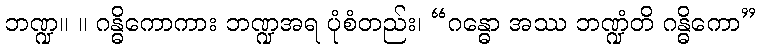
ဘဏ္ဍ။ ။ ဂန္ဓိကောကား ဘဏ္ဍအရ ပုံစံတည်း၊ “ဂန္ဓော အဿ ဘဏ္ဍံတိ ဂန္ဓိကော”